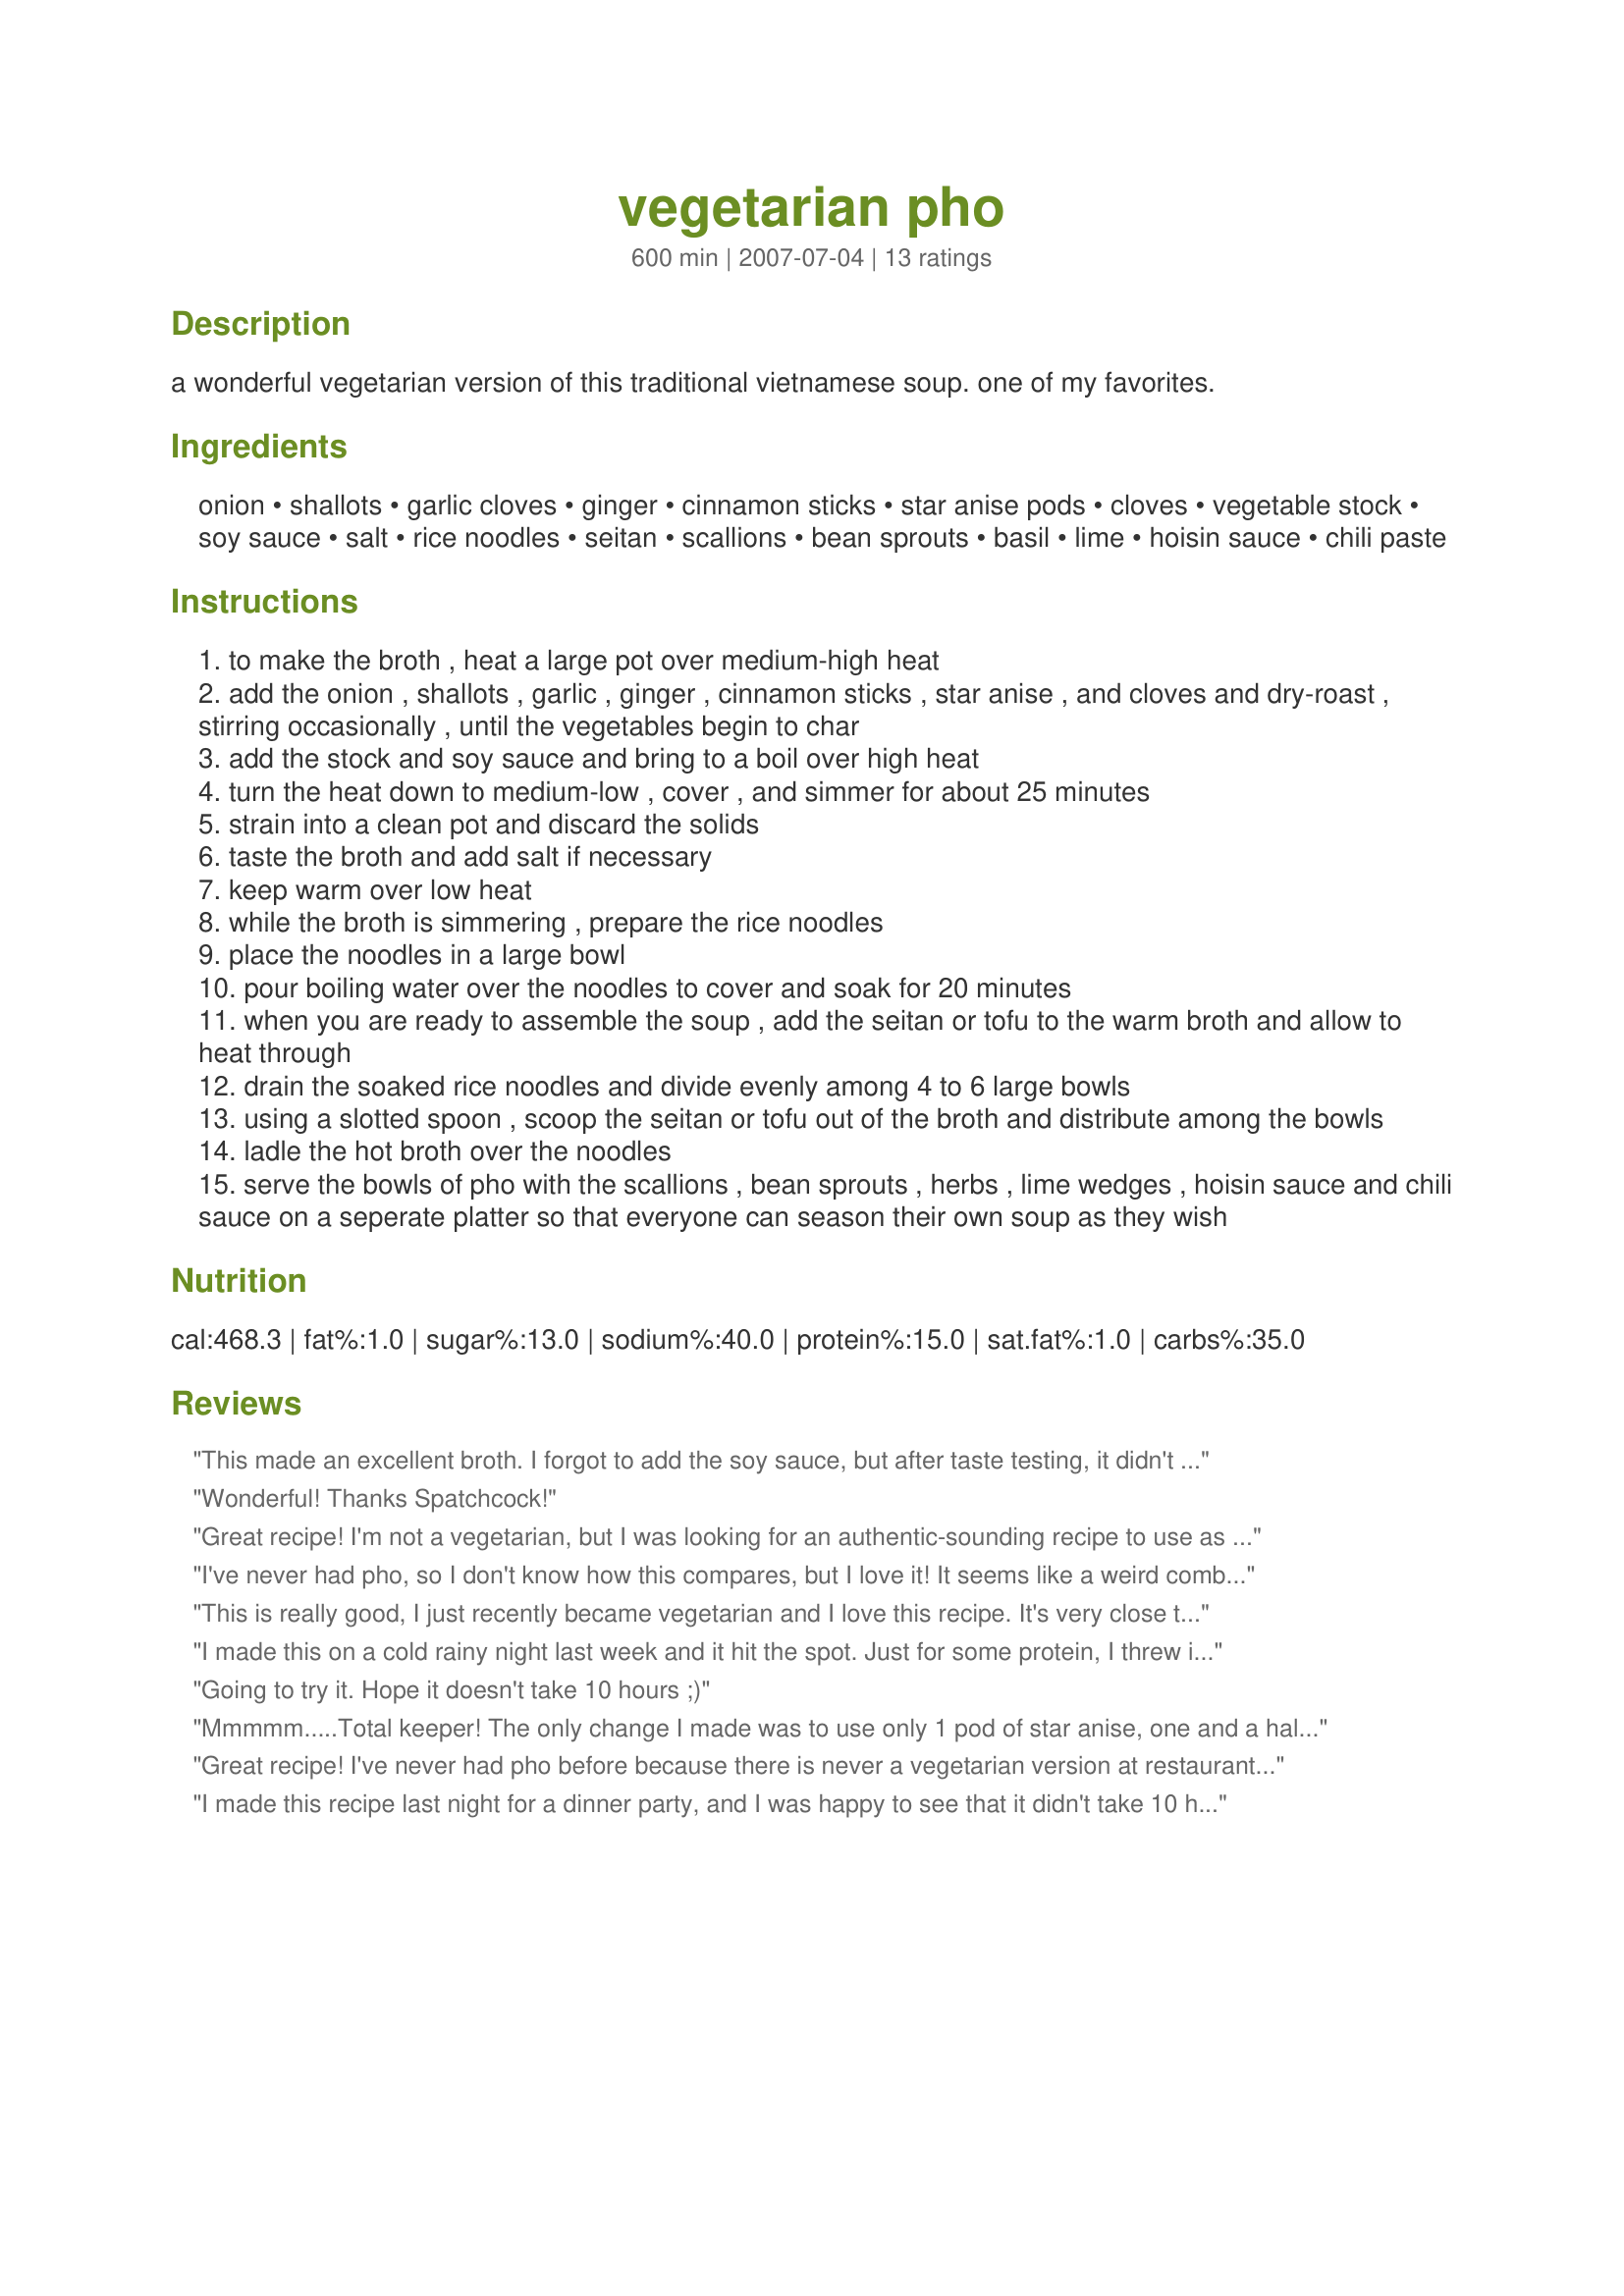
vegetarian pho
Preparation time: 600 minutes

a wonderful vegetarian version of this traditional vietnamese soup. one of my favorites.

Ingredients:
onion, shallots, garlic cloves, ginger, cinnamon sticks, star anise pods, cloves, vegetable stock, soy sauce, salt, rice noodles, seitan, scallions, bean sprouts, basil, lime, hoisin sauce, chili paste

Steps:
to make the broth , heat a large pot over medium-high heat
add the onion , shallots , garlic , ginger , cinnamon sticks , star anise , and cloves and dry-roast , stirring occasionally , until the vegetables begin to char
add the stock and soy sauce and bring to a boil over high heat
turn the heat down to medium-low , cover , and simmer for about 25 minutes
strain into a clean pot and discard the solids
taste the broth and add salt if necessary
keep warm over low heat
while the broth is simmering , prepare the rice noodles
place the noodles in a large bowl
pour boiling water over the noodles to cover and soak for 20 minutes
when you are ready to assemble the soup , add the seitan or tofu to the warm broth and allow to heat through
drain the soaked rice noodles and divide evenly among 4 to 6 large bowls
using a slotted spoon , scoop the seitan or tofu out of the broth and distribute among the bowls
ladle the hot broth over the noodles
serve the bowls of pho with the scallions , bean sprouts , herbs , lime wedges , hoisin sauce and chili sauce on a seperate platter so that everyone can season their own soup as they wish

Reviews:
This made an excellent broth. I forgot to add the soy sauce, but after taste testing, it didn't need it with the broth that I used.
Wonderful! Thanks Spatchcock!
Great recipe! I'm not a vegetarian, but I was looking for an authentic-sounding recipe to use as a base. I used beef stock instead of vegetable stock and added thinly-sliced beef. The recipe is perfect, and I'll certainly be making the vegetarian version when I'm not cooking for omnivores.
I've never had pho, so I don't know how this compares, but I love it! It seems like a weird combination of spices, but it sure is tasty. Next time, I think I'll roast the tofu instead of frying it to cut down on the fat.
This is really good, I just recently became vegetarian and I love this recipe. It's very close to the Pho broth without the thought of feeding cancer cells in your body, since meat is cancer food!!! I added oyster mushrooms and chickenless strips from Trader Joes and it was the bomb! I'm definitely making Pho again. Perfect for cold nights =)
I made this on a cold rainy night last week and it hit the spot. Just for some protein, I threw in some firm tofu. The aroma was wonderful! Very simple to make and great taste too!
Going to try it. Hope it doesn't take 10 hours ;)
Mmmmm.....Total keeper! The only change I made was to use only 1 pod of star anise, one and a half cinnamon sticks and simmer a little longer. My DH added think strips of raw beef to his bowl and the broth cooked it. I added crispy tofu to mine. The flavors and the toppings were perfect, we both loved it and it was fun to make. Thanks for sharing the recipe, I&#039;ll be making this again.
Great recipe! I've never had pho before because there is never a vegetarian version at restaurants, so I was excited to find this recipe. This tastes really fresh. I followed the recipe fairly closely; the only exception is that I used five spice powder in the broth instead of the individual spices (Chinese 5 spice has cinnamon, star anise, and cloves as 3 of the ingredients, so it seemed like a close approximation). I used seitan and basil, and I added both sriracha and hoisin at the end. Very flavorful! Thanks for posting.
I made this recipe last night for a dinner party, and I was happy to see that it didn't take 10 hours :). I think it ended up taking about one hour. It was DELICIOUS! Seriously, everyone agreed it tasted exactly like pho you get from a Vietnamese restaurant, and I'm pretty sure everyone had two helpings. It was extra fun because everyone could make their own soup as spicy/flavorful as they liked. I had basil, lime, scallions, bean sprouts, sliced jalapenos, fried tofu, and sriracha as toppings. One suggestion I have would be to soak the noodle directly in the soup when it's finished simmering, so you don't have to dirty another bowl! Enjoy!
Delicious and not too difficult! I added carrots, broccoli, and bok choy. Hoisin, sriracha and lime combo to serve just make it perfect.
Made this tonight and it was a great success! Thank you very much for this post.
I love this as a base recipe, but I made one small change to it. After doubling the recipe size (we really love pho), I actually added a flat of shiitake mushrooms and simmered the soup for the traditional 6-8 hours. Vegetable broth alone isn't enough to replicate the savory flavor of pho, even when combined with the spices. Shiitake is often used by religious vegetarian communities in China and Southeast Asia to replicate a beefy, umami-type flavor in foods, so this is actually a very accurate substitution to make. I used a propane blow torch to scorch my veggies and I tied the spices into a bouquet garni (again, another relatively accurate thing to do, given the French occupation). Other than that, the recipe is amazing. The spices are spot-on perfect. I used to live in Thailand, where we have a similar soup that we just use flat noodles in, and the taste is perfect.
